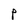
Character: P